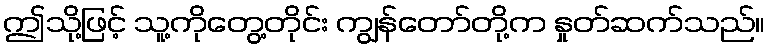
ဤသို့ဖြင့် သူ့ကိုတွေ့တိုင်း ကျွန်တော်တို့က နှုတ်ဆက်သည်။